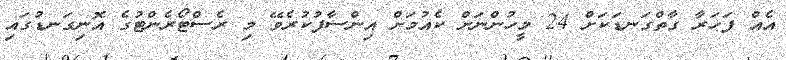
އެއް ފަހަރާ ގާތްގަނޑަކަށް 24 މީހުންނަށް ކެއުމަށް އިންސާފުކުރެވޭ މި ރެސްޓޯރެންޓުގެ އޮނިގަނޑުގައި